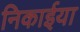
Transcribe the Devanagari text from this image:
निकाईया